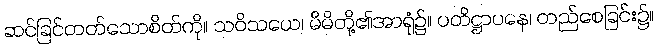
ဆင်ခြင်တတ်သောစိတ်ကို။ သဝိသယေ၊ မိမိတို့၏အာရုံ၌။ ပတိဋ္ဌာပနေ၊ တည်စေခြင်း၌။